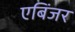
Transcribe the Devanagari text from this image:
एबिंजर